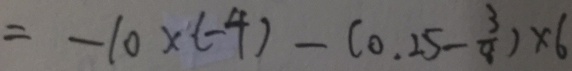
= - 1 0 \times ( - 4 ) - ( 0 . 2 5 - \frac { 3 } { 8 } ) \times 6